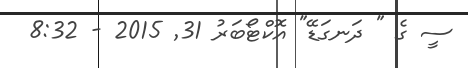
ސީ ގެ " ދަނގަޑޭ" އޮކްޓޯބަރު 31